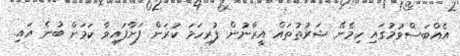
އެއްބަސްވުމުގައި ހިމެނޭ ޝަރުތުތައް އީރާނުން ފުރިހަމަ ކުރަން ފަށާފައިވާ ކަމަށް ބުނެ އައި.